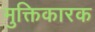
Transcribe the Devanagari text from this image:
मुक्तिकारक